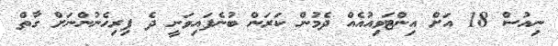
ނިއުސް 18 އަށް އިންޓަވިއުއެއް ދެމުން ކަރަން ބުނެފައިވަނީ ދެ ފިރިހެނުންނަށް ގާތް